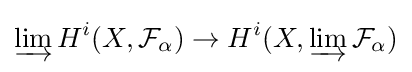
\varinjlim H^{i}(X,{\mathcal {F}}_{\alpha })\to H^{i}(X,\varinjlim {\mathcal {F}}_{\alpha })